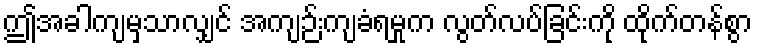
ဤအခါကျမှသာလျှင် အကျဉ်းကျခံရမှုက လွတ်လပ်ခြင်းကို ထိုက်တန်စွာ